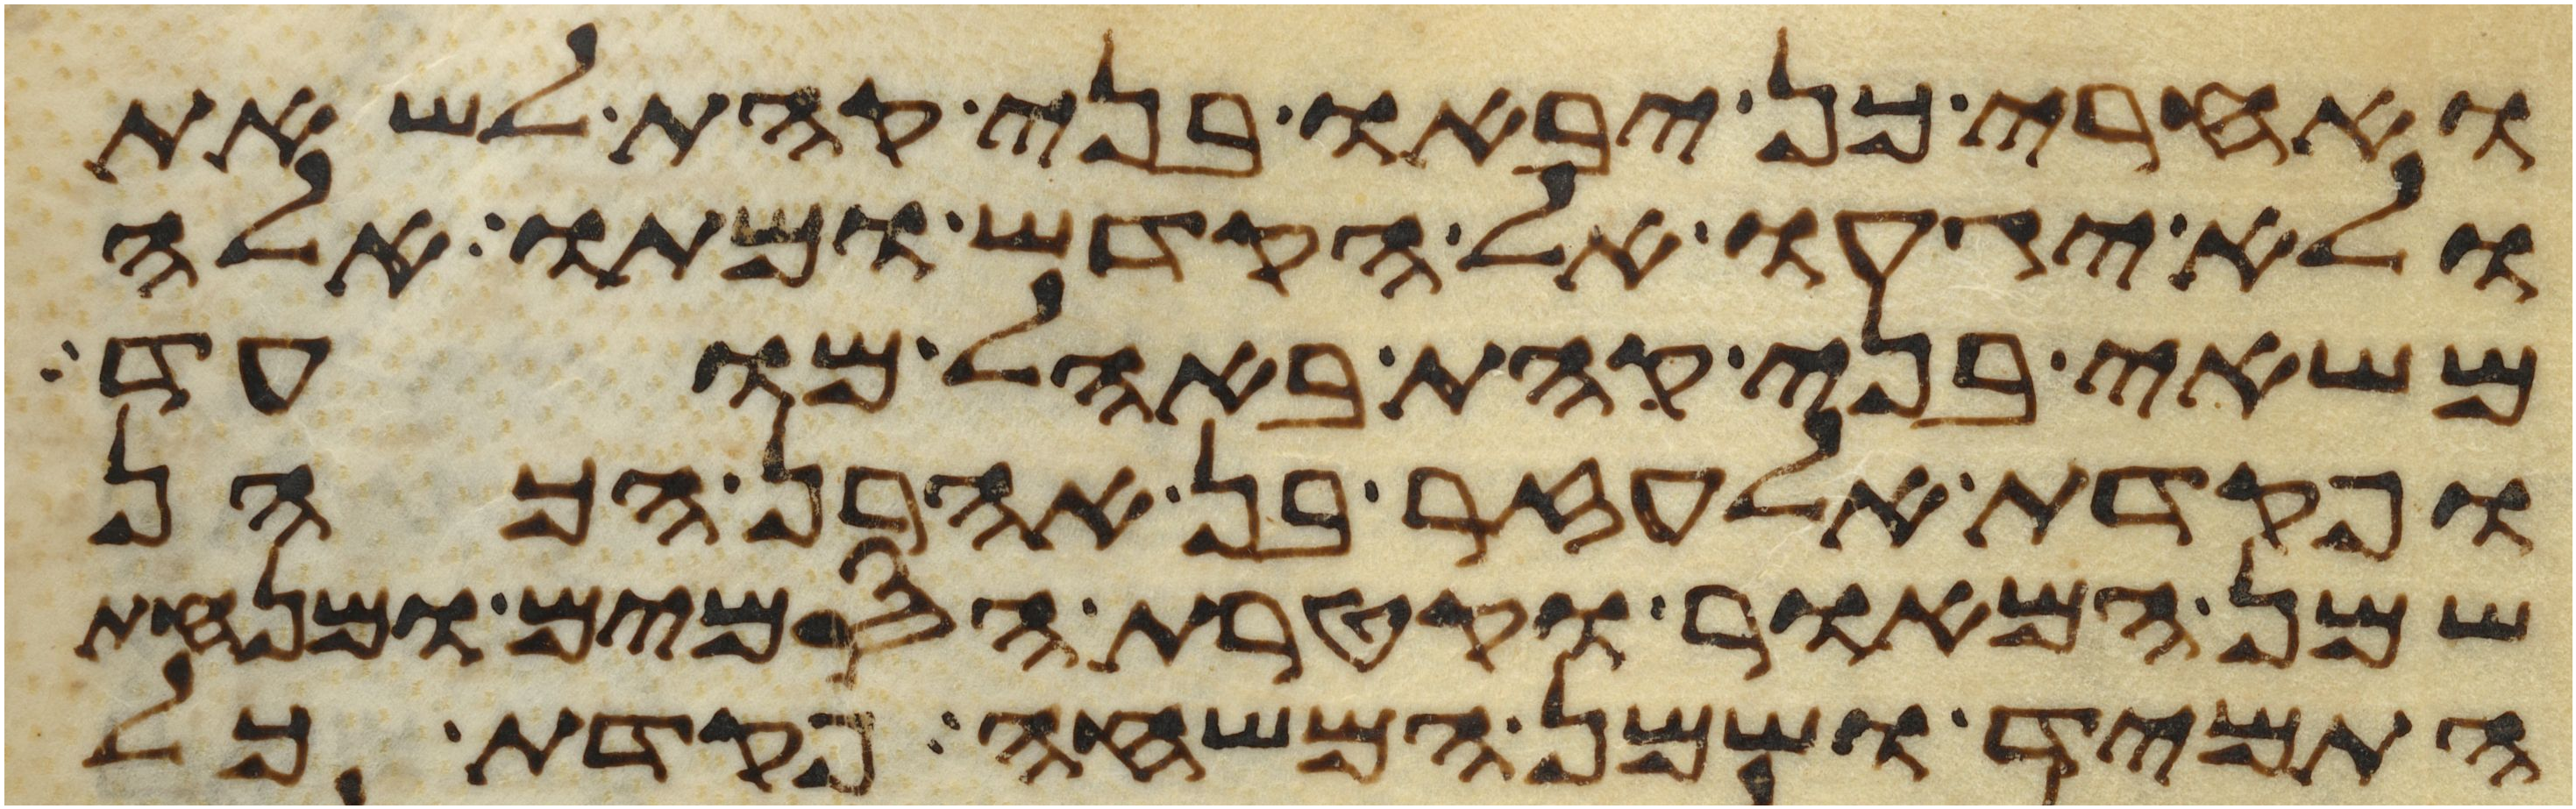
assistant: ואחרי כן יבאו בני קהת לשאת
ולא יגעו אל הקדש ומתו אלה
משאי בני קהת באהל מועד
ופקדת אלעזר בן אהרן הכהן
שמן המאור וקטרת הסמים ומנחת
התמיד ושמן המשחה פקדת כל